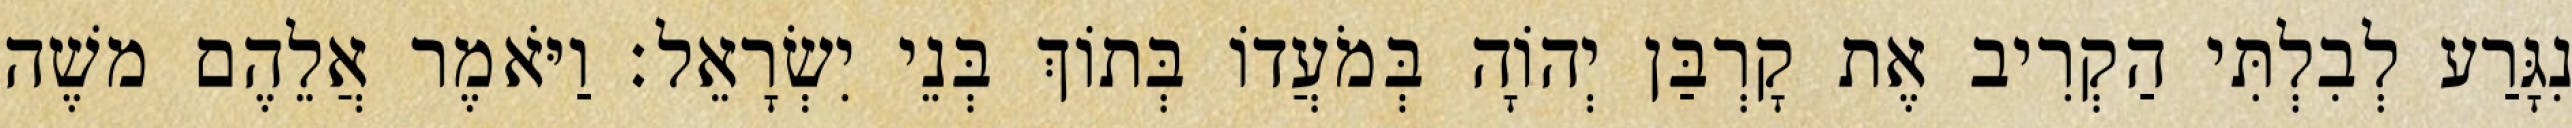
נִגָּרַע לְבִלְתִּי הַקְרִיב אֶת קָרְבַּן יְהוָֹה בְּמֹעֲדוֹ בְּתוֹךְ בְּנֵי יִשְׂרָאֵל׃ וַיֹּאמֶר אֲלֵהֶם משֶׁה